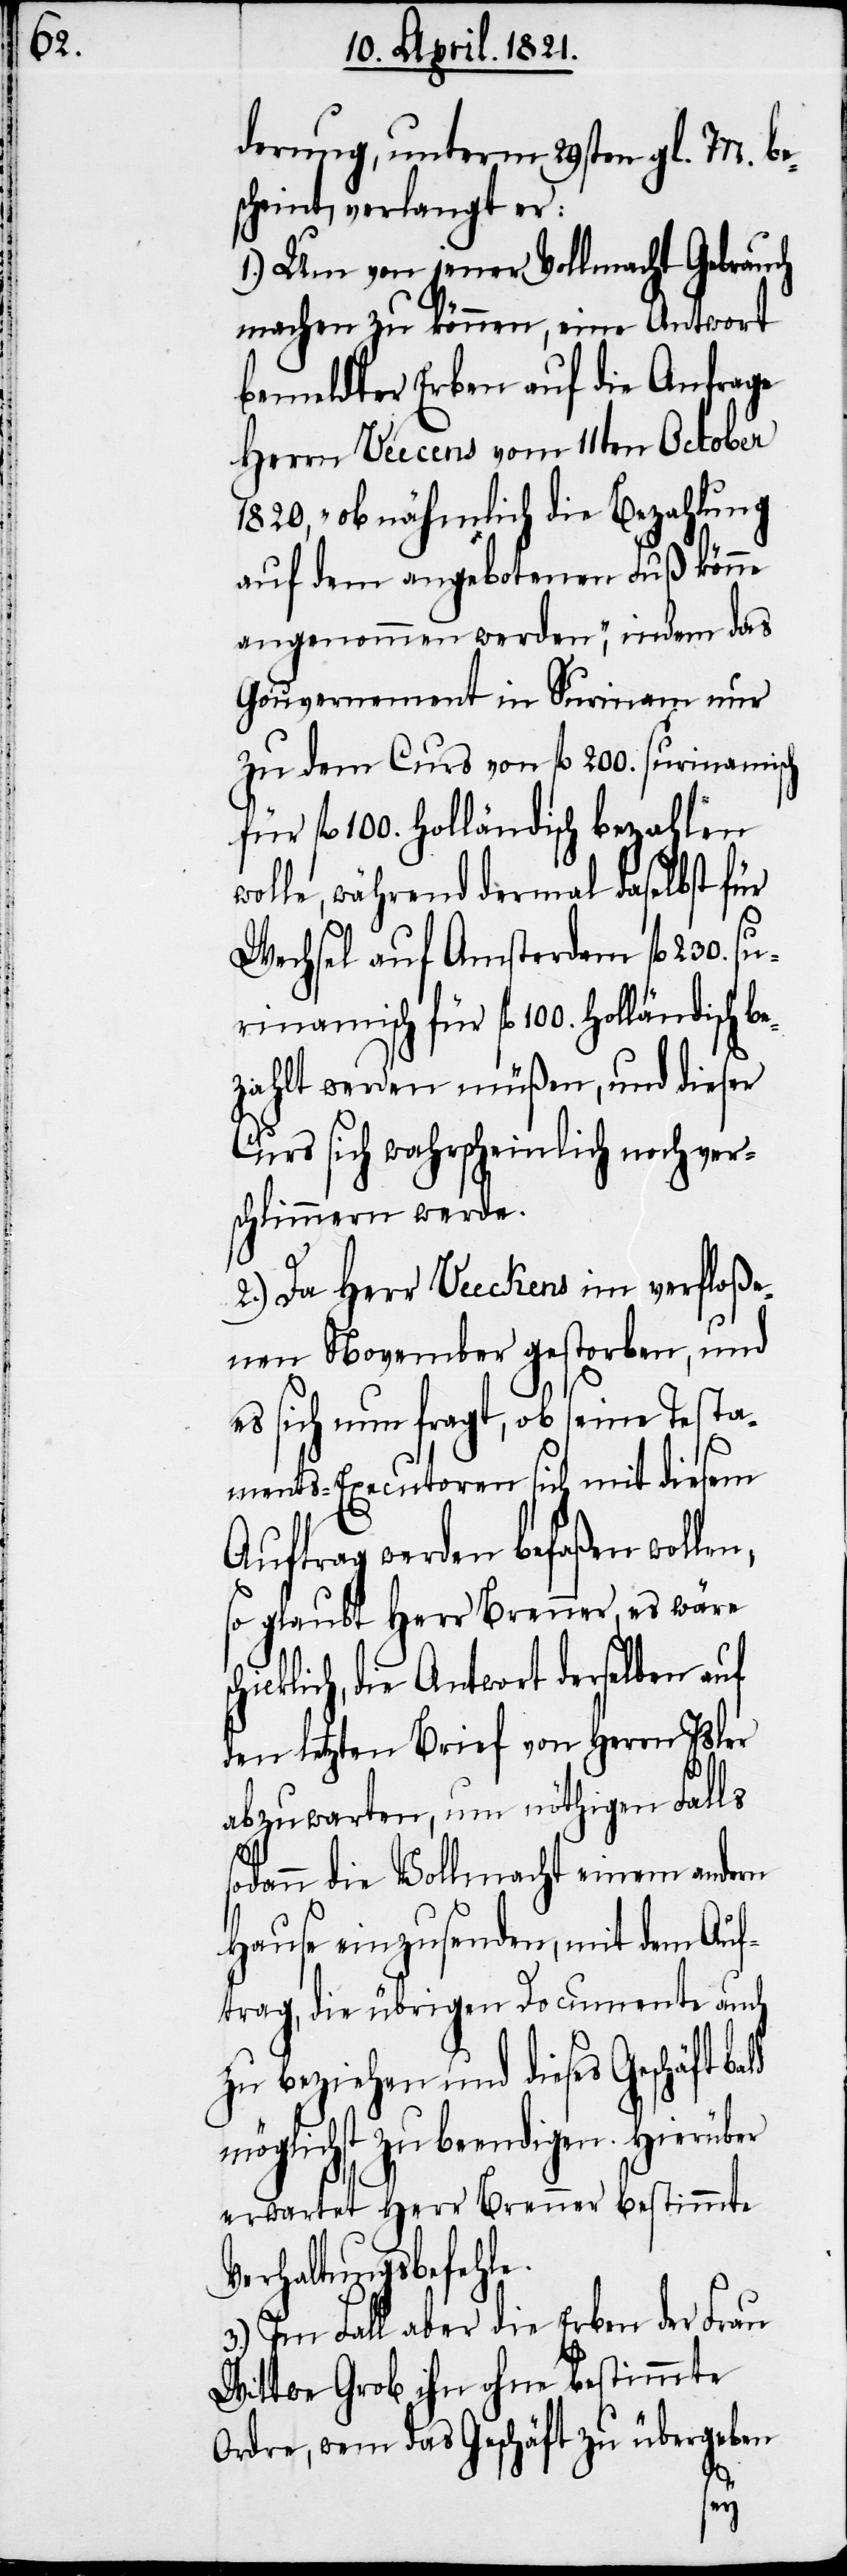
derung, unterm 29sten gl. M. be¬
scheint, verlangt er:
1.) Um von jener Vollmacht Gebrauch
machen zu können, eine Antwort
bemeldter Erben auf die Anfrage
Herrn Veecens vom 11ten October
1820, „ob nähmlich die Bezahlung
auf dem angebotenen Fuß könne
angenommen werden“, indem das
Gouvernement in Surinam nur
zu dem Curs von fl. 200. surinamisch
für fl. 100. holländisch bezahlen
wolle, während dermal daselbst für
Wechsel auf Amsterdam fl. 230. su¬
rinamisch für fl. 100. holländisch b¬
ezahlt werden müßen, und dieser
Curs sich wahrscheinlich noch ver¬
schlimmern werde.
2.) Da Herr Veeckens im verfloße¬
nen November gestorben, und
es sich nun fragt, ob seine Testa¬
ments-Executoren sich mit diesem
Auftrag werden befaßen wollen,
so glaubt Herr Brenner, es wäre
hicklich, die Antwort derselben auf
den letzten Brief von Herrn Isler
abzuwarten, um nöthigen Falls
sodann die Vollmacht einem andern
Hause einzusenden, mit dem Auf¬
trag, die übrigen Documente auch
zu beziehen und dieses Geschäft
möglichst zu beendigen. Hierüber
erwartet Herr Brenner bestimmte
Verhaltungsbefehle.
3.) Im Fall aber die Erben der Frau
Wittwe Grob ihn ohne bestimmte
Ordre, wem das Geschäft zu übergeben
sc¬